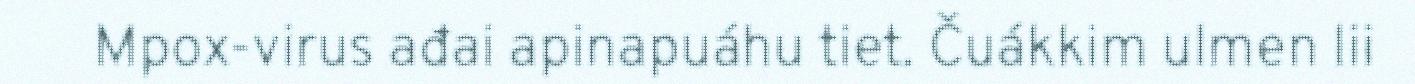
Mpox-virus ađai apinapuáhu tiet. Čuákkim ulmen lii